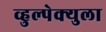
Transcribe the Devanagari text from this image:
व्हुल्पेक्युला